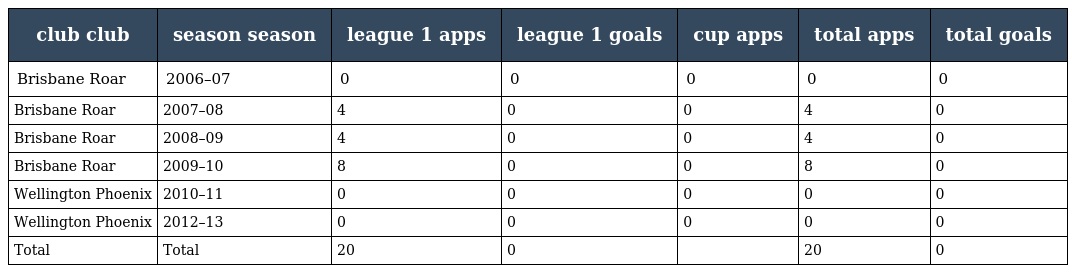
| club club | season season | league 1 apps | league 1 goals | cup apps | total apps | total goals |
 | --- | --- | --- | --- | --- | --- | --- |
 | Brisbane Roar | 2006–07 | 0 | 0 | 0 | 0 | 0 |
 | Brisbane Roar | 2007–08 | 4 | 0 | 0 | 4 | 0 |
 | Brisbane Roar | 2008–09 | 4 | 0 | 0 | 4 | 0 |
 | Brisbane Roar | 2009–10 | 8 | 0 | 0 | 8 | 0 |
 | Wellington Phoenix | 2010–11 | 0 | 0 | 0 | 0 | 0 |
 | Wellington Phoenix | 2012–13 | 0 | 0 | 0 | 0 | 0 |
 | Total | Total | 20 | 0 |  | 20 | 0 |